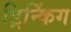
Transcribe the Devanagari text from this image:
ड्रिन्किंग